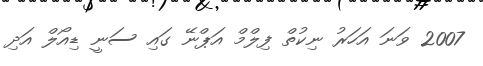
2007 ވަނަ އަހަރު ނިކުތް ފިލްމް އަޕްނޭ ގައި ސަނީ ޑިއޯލް އަދި